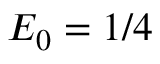
E _ { 0 } = 1 / 4